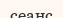
сеанс